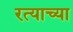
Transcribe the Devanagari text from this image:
रत्याच्या